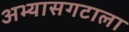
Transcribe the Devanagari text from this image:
अभ्यासगटाला